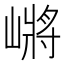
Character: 𰎲